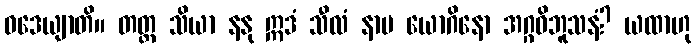
ဝဒေယျာတိ။ တတ္ထ သိယာ နနု ဣဒံ သီလံ နာမ ယောဂိနော အဂ္ဂဝိဘူသနံ? ယထာဟု